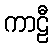
ကာဠီ